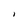
Character: I